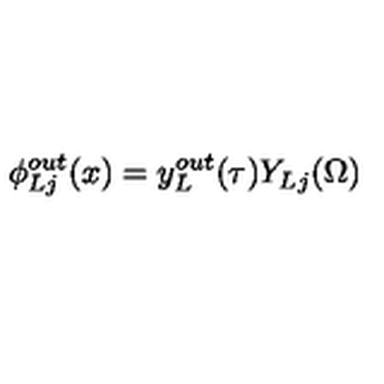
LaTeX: \phi _ { L j } ^ { o u t } ( x ) = y _ { L } ^ { o u t } ( \tau ) Y _ { L j } ( \Omega ) \